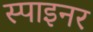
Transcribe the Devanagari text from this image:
स्पाइनर